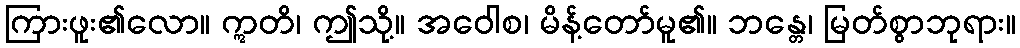
ကြားဖူး၏လော။ ဣတိ၊ ဤသို့။ အဝေါစ၊ မိန့်တော်မူ၏။ ဘန္တေ၊ မြတ်စွာဘုရား။